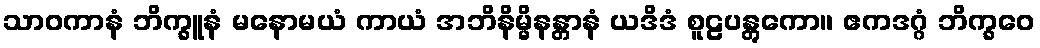
သာဝကာနံ ဘိက္ခူနံ မနောမယံ ကာယံ အဘိနိမ္မိနန္တာနံ ယဒိဒံ စူဠပန္တွကော။ ဧကဒဂ္ဂံ ဘိက္ခဝေ